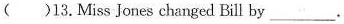
( )13.Miss Jones changed Bill by___